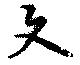
文